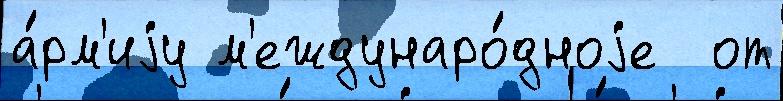
а́рм'иjу м'еждунаро́дноjе  от